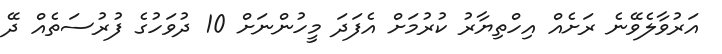
އަރުވާލެވޭނެ ރަށެއް އިހްތިޔާރު ކުރުމަށް އެފަދަ މީހުންނަށް 10 ދުވަހުގެ ފުރުސަތެއް ދޭ